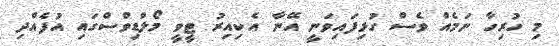
މި ހުރިހާ ނަމެއް ވެސް ގުޅިފައިވަނީ އޭނާ އެކިއިރު ޓީވީ މޯލްޑިވްސްގައި އުފެއްދި